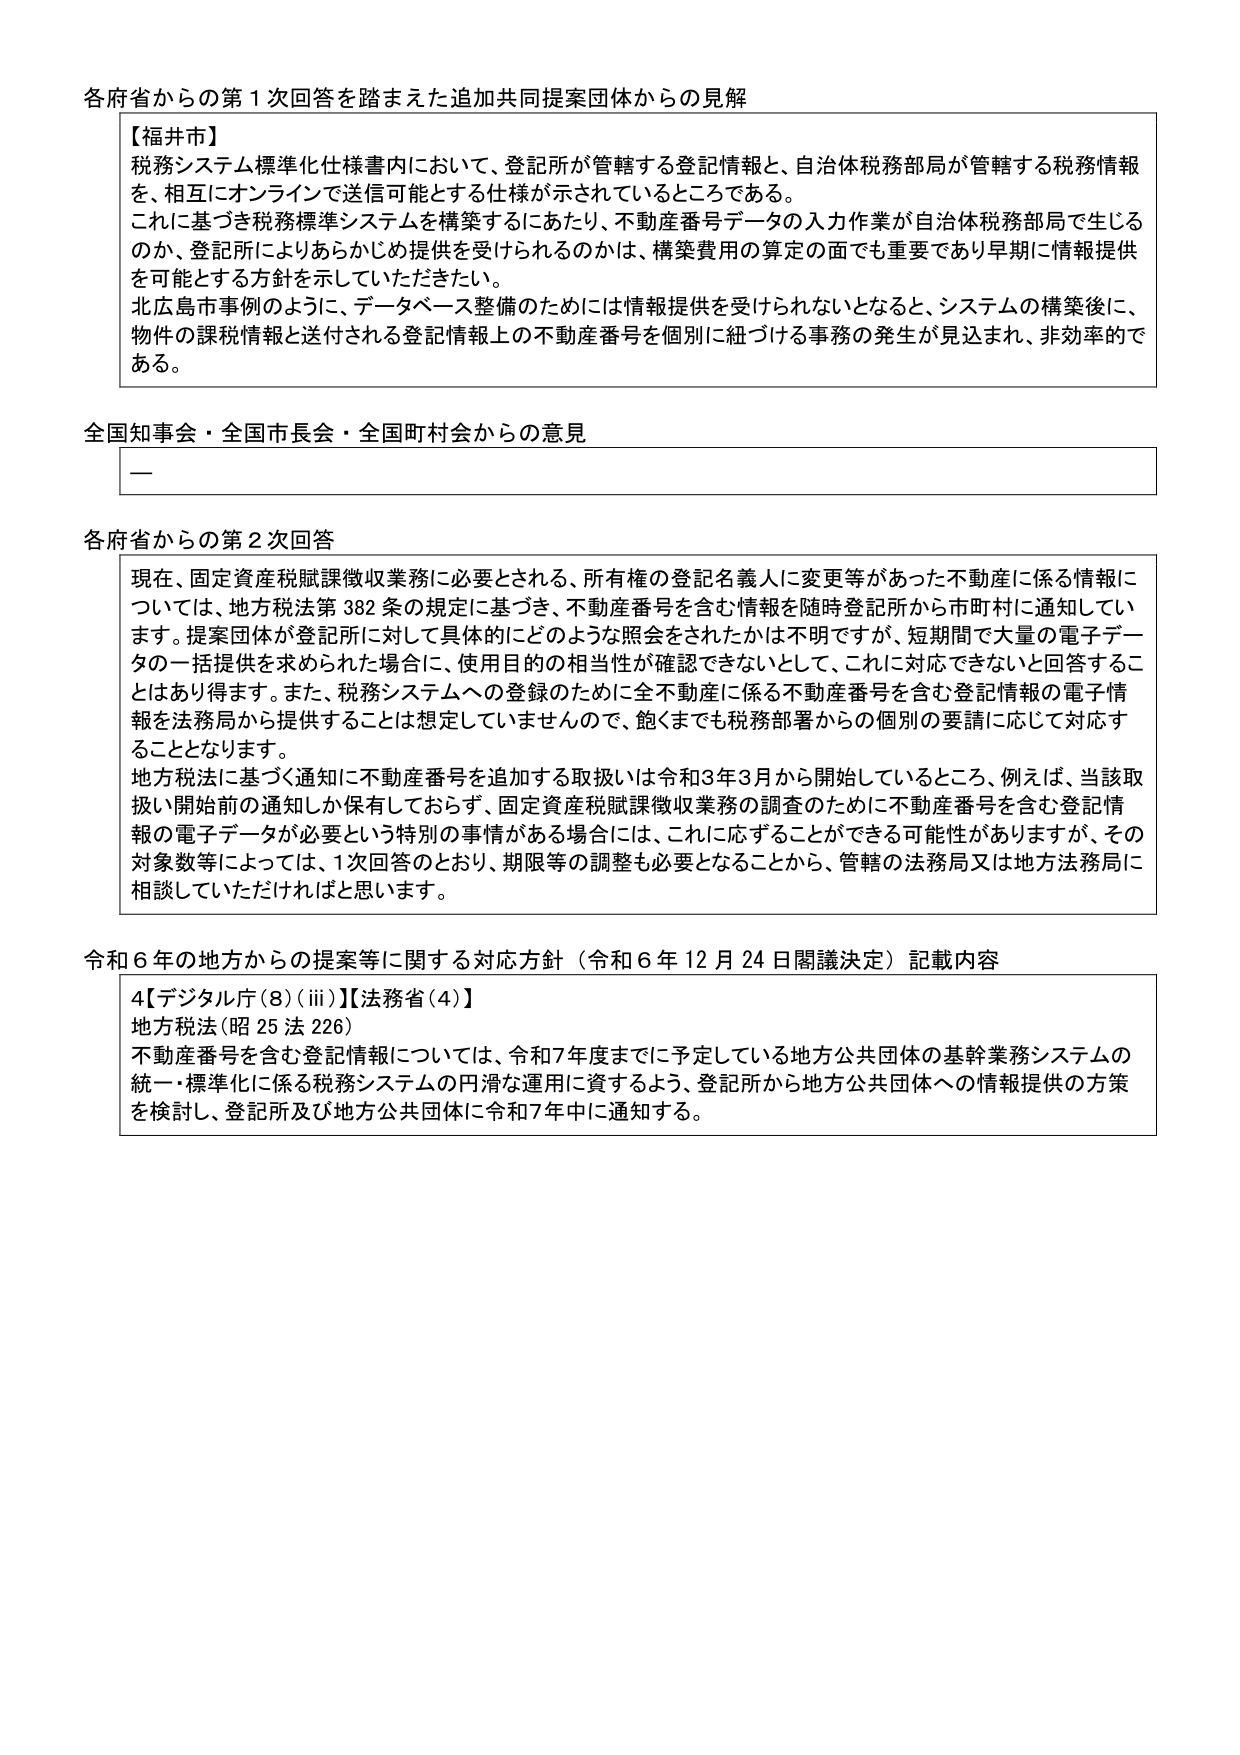
各府省からの第１次回答を踏まえた追加共同提案団体からの見解

【福井市】
税務システム標準化仕様書内において、登記所が管轄する登記情報と、自治体税務部局が管轄する税務情報を、相互にオンラインで送信可能とする仕様が示されているところである。
これに基づき税務標準システムを構築するにあたり、不動産番号データの入力作業が自治体税務部局で生じるのか、登記所によりあらかじめ提供を受けられるのかは、構築費用の算定の面でも重要であり早期に情報提供を可能とする方針を示していただきたい。
北広島市事例のように、データベース整備のためには情報提供を受けられないとなると、システムの構築後に、物件の課税情報と送付される登記情報上の不動産番号を個別に紐づける事務の発生が見込まれ、非効率的である。

全国知事会・全国市長会・全国町村会からの意見
—

各府省からの第２次回答
現在、固定資産税賦課徴収業務に必要とされる、所有権の登記名義人に変更等があった不動産に係る情報については、地方税法第382条の規定に基づき、不動産番号を含む情報を随時登記所から市町村に通知しています。提案団体が登記所に対して具体的にどのような照会をされたかは不明ですが、短期間で大量の電子データの一括提供を求められた場合に、使用目的の相当性が確認できないとして、これに対応できないと回答することはあり得ます。また、税務システムへの登録のために全不動産に係る不動産番号を含む登記情報の電子情報を法務局から提供することは想定していませんので、飽くまでも税務部署からの個別の要請に応じて対応することとなります。
地方税法に基づく通知に不動産番号を追加する取扱いは令和3年3月から開始しているところ、例えば、当該取扱い開始前の通知しか保有しておらず、固定資産税賦課徴収業務の調査のために不動産番号を含む登記情報の電子データが必要という特別の事情がある場合には、これに応ずることができる可能性がありますが、その対象数等によっては、1次回答のとおり、期限等の調整も必要となることから、管轄の法務局又は地方法務局に相談していただければと思います。

令和６年の地方からの提案等に関する対応方針（令和６年12月24日閣議決定）記載内容
4【デジタル庁(8)(iii)】【法務省(4)】
地方税法(昭25法226)
不動産番号を含む登記情報については、令和7年度までに予定している地方公共団体の基幹業務システムの統一・標準化に係る税務システムの円滑な運用に資するよう、登記所から地方公共団体への情報提供の方策を検討し、登記所及び地方公共団体に令和7年中に通知する。